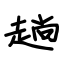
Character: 趟